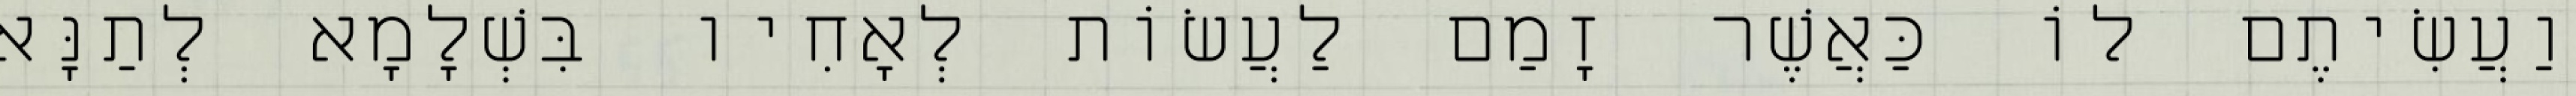
וַעֲשִׂיתֶם לוֹ כַּאֲשֶׁר זָמַם לַעֲשׂוֹת לְאָחִיו בִּשְׁלָמָא לְתַנָּא